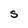
Character: S